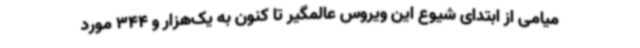
میامی از ابتدای شیوع این ویروس عالمگیر تا کنون به یک‌هزار و 344 مورد